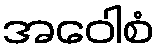
အဝေါစံ